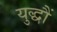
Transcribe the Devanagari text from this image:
युद्धौं